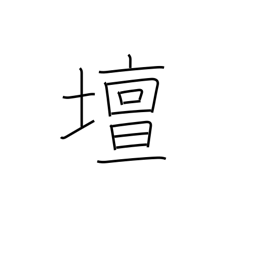
Meaning: rostrum